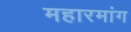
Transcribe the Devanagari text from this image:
महारमांग